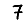
Digit: 7